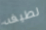
لطيفه